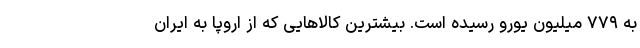
به ۷۷۹ میلیون یورو رسیده است. بیشترین کالاهایی که از اروپا به ایران